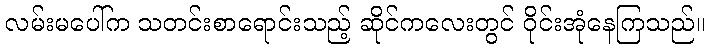
လမ်းမပေါ်က သတင်းစာရောင်းသည့် ဆိုင်ကလေးတွင် ဝိုင်းအုံနေကြသည်။